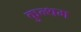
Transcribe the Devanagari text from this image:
कुन्थम